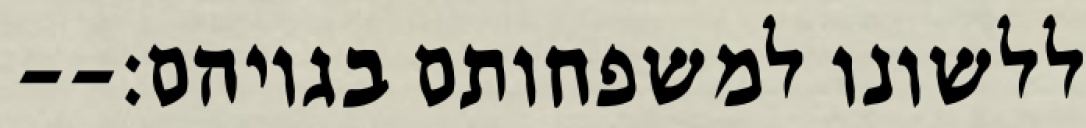
ללשונו למשפחותם בגויהם׃--